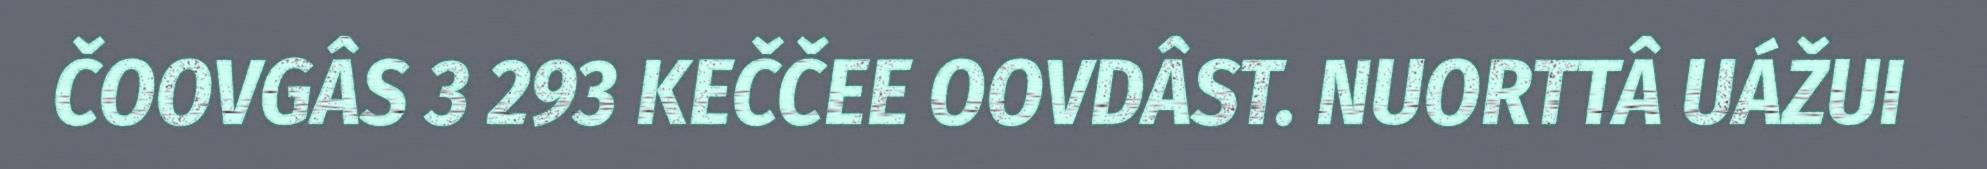
ČOOVGÂS 3 293 KEČČEE OOVDÂST. NUORTTÂ UÁŽUI